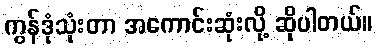
ကွန်ဒုံသုံးတာ အကောင်းဆုံးလို့ ဆိုပါတယ်။